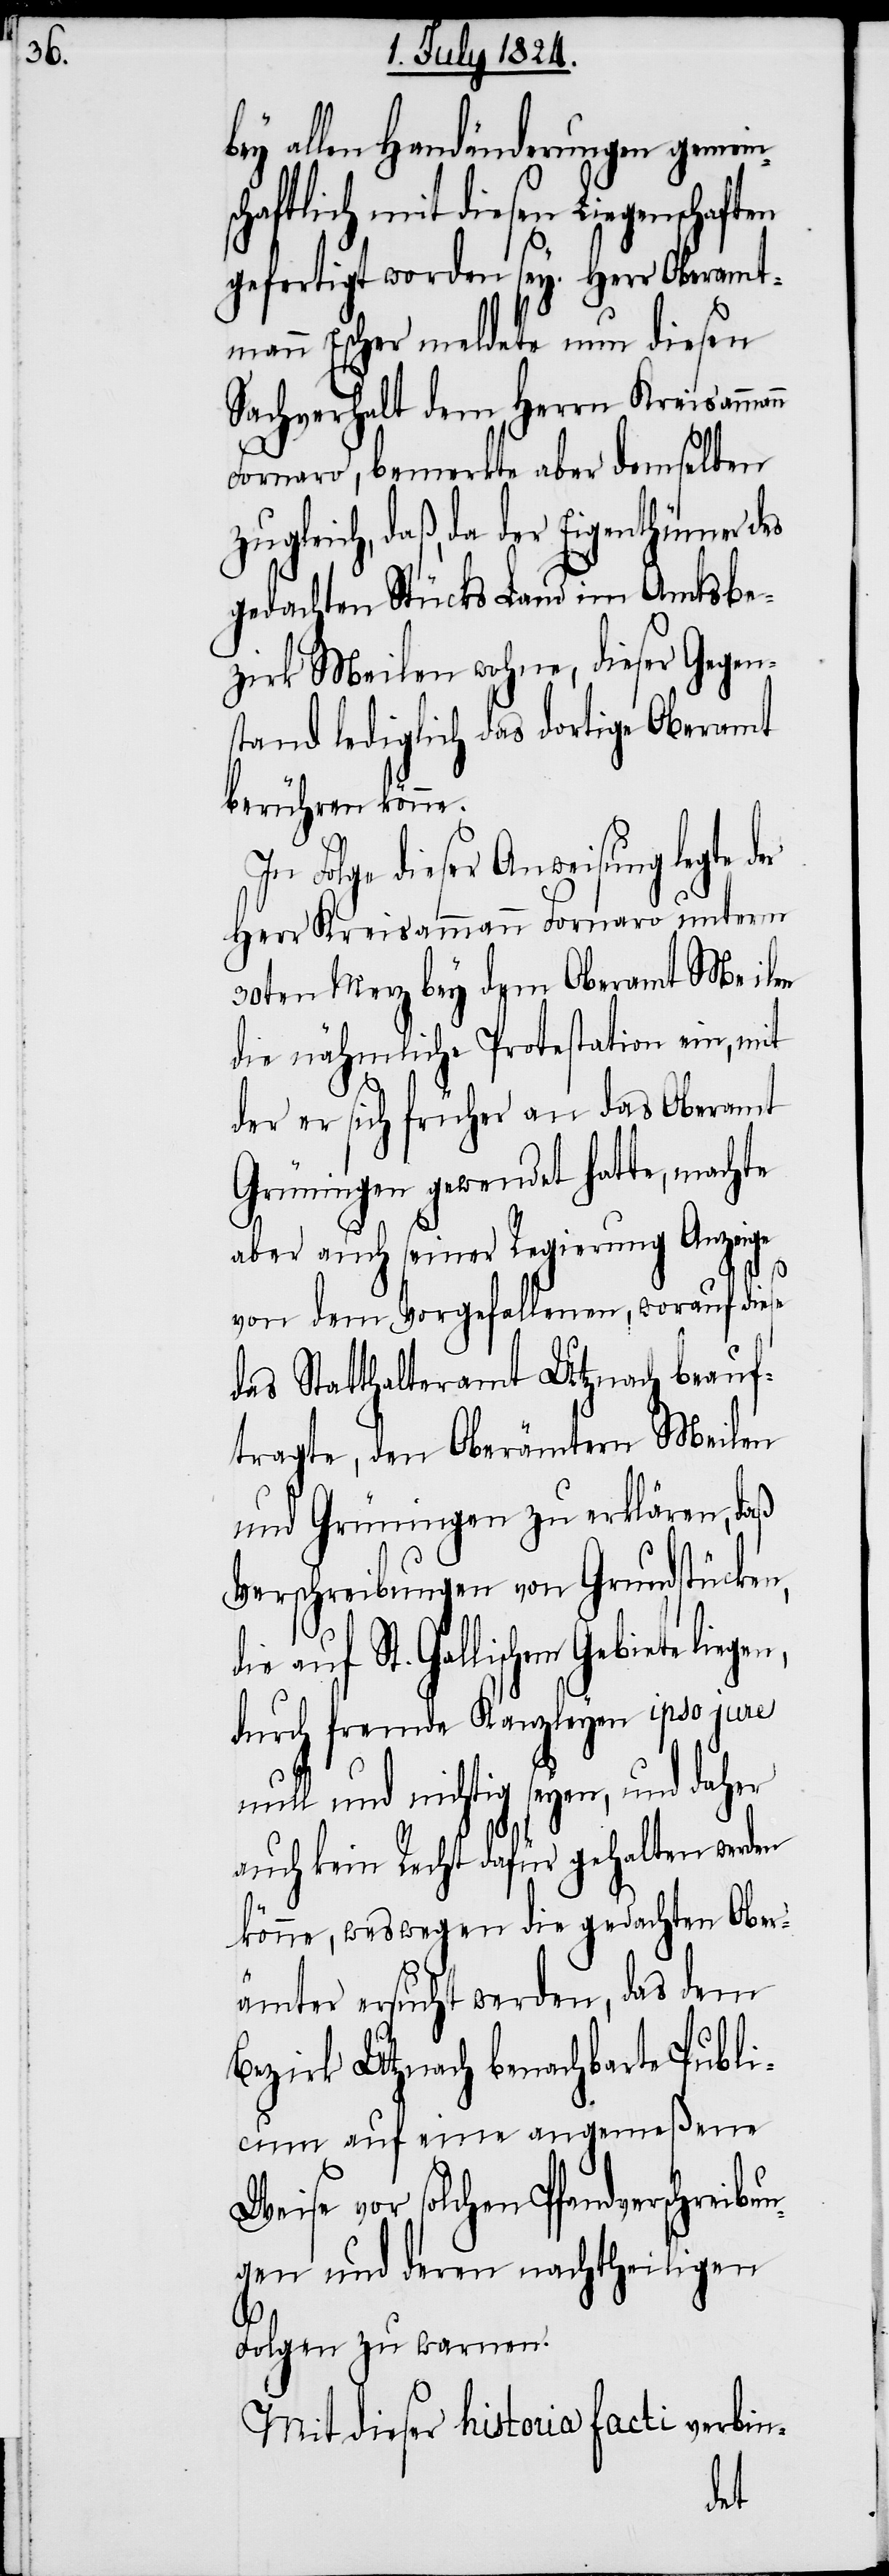
bey allen Handänderungen gemein¬
schaftlich mit diesen Liegenschaften
gefertigt worden sey. Herr Oberamt¬
mann Escher meldete nun diesen
Sachverhalt dem Herrn Kreisamma¬
nn
Fornaro, bemerkte aber demselben
zugleich, daß, da der Eigenthümer des
gedachten Stücks Land im Amtsbe¬
zirk Meilen wohne, dieser Gegen¬
stand lediglich das dortige Oberamt
berühren könne.
In Folge dieser Anweisung legte der
Herr Kreisammann Fornaro unterm
30ten Merz bey dem Oberamt Meilen
die nähmliche Protestation ein, mit
der er sich früher an das Oberamt
Grüningen gewendet hatte, machte
aber auch seiner Regierung Anzeige
von dem Vorgefallenen, worauf diese
das Statthalteramt Utznach beauf¬
tragte, den Oberämtern Meilen
und Grüningen zu erklären, daß
Verschreibungen von Grundstücken,
auf St. Gallischem Gebiete lie¬
durch fremde Kanzleyen ipso jure
null und nichtig seyen, und daher
auch kein Recht dafür gehalten werden
könne, weswegen die gedachten Ober¬
ämter ersucht werden, das dem
Bezirk Utznach benachbarte Publi¬
cum auf eine angemeßene
Weise vor solchen Pfandverschreibun¬
gen und deren nachtheiligen
Folgen zu warnen.
Mit dieser historia facti verbin-
gen,